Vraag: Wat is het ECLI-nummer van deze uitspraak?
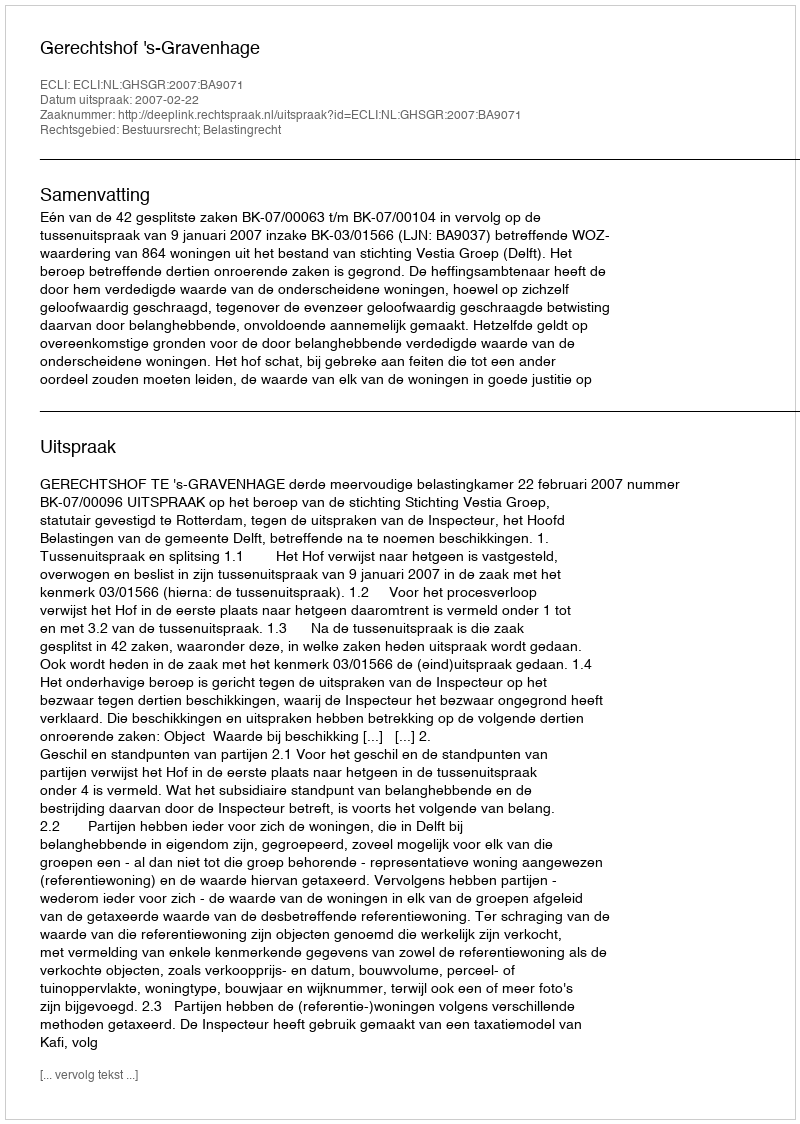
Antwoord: ECLI:NL:GHSGR:2007:BA9071